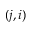
( j , i )